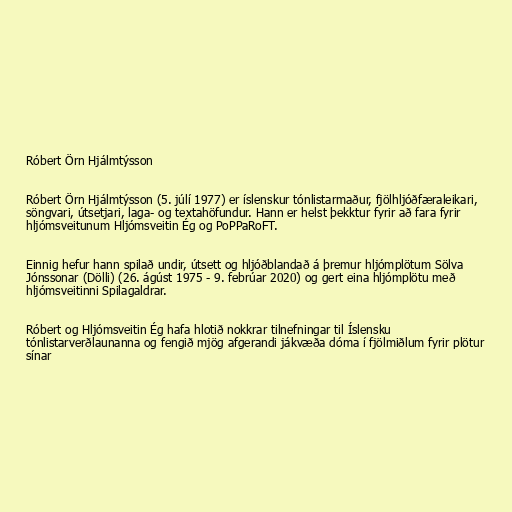
Róbert Örn Hjálmtýsson

Róbert Örn Hjálmtýsson (5. júlí 1977) er íslenskur tónlistarmaður, fjölhljóðfæraleikari,
söngvari, útsetjari, laga- og textahöfundur. Hann er helst þekktur fyrir að fara fyrir
hljómsveitunum Hljómsveitin Ég og PoPPaRoFT.

Einnig hefur hann spilað undir, útsett og hljóðblandað á þremur hljómplötum Sölva
Jónssonar (Dölli) (26. ágúst 1975 - 9. febrúar 2020) og gert eina hljómplötu með
hljómsveitinni Spilagaldrar.

Róbert og Hljómsveitin Ég hafa hlotið nokkrar tilnefningar til Íslensku
tónlistarverðlaunanna og fengið mjög afgerandi jákvæða dóma í fjölmiðlum fyrir plötur
sínar